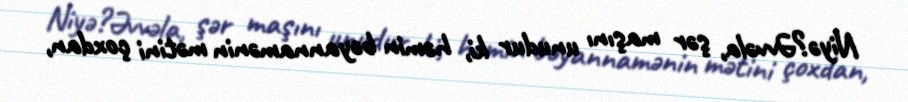
Niyə?Əvvəla, şər maşını unudur ki, həmin bəyannamənin mətini çoxdan,